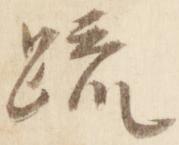
疏